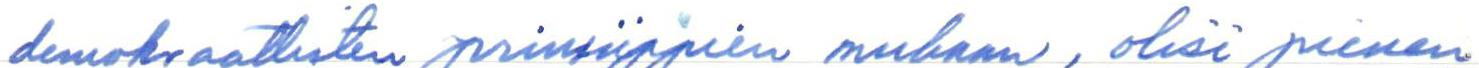
demokraattisten prinsiippien mukaan, olisi pienen